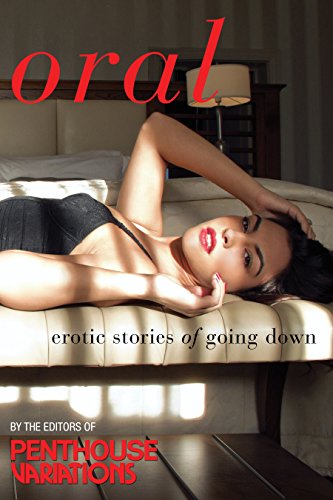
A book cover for Penthouse Variations on Oral: Erotic Stories of Going Down; Penthouse Variations; Romance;